Riigikantselei, lk 6
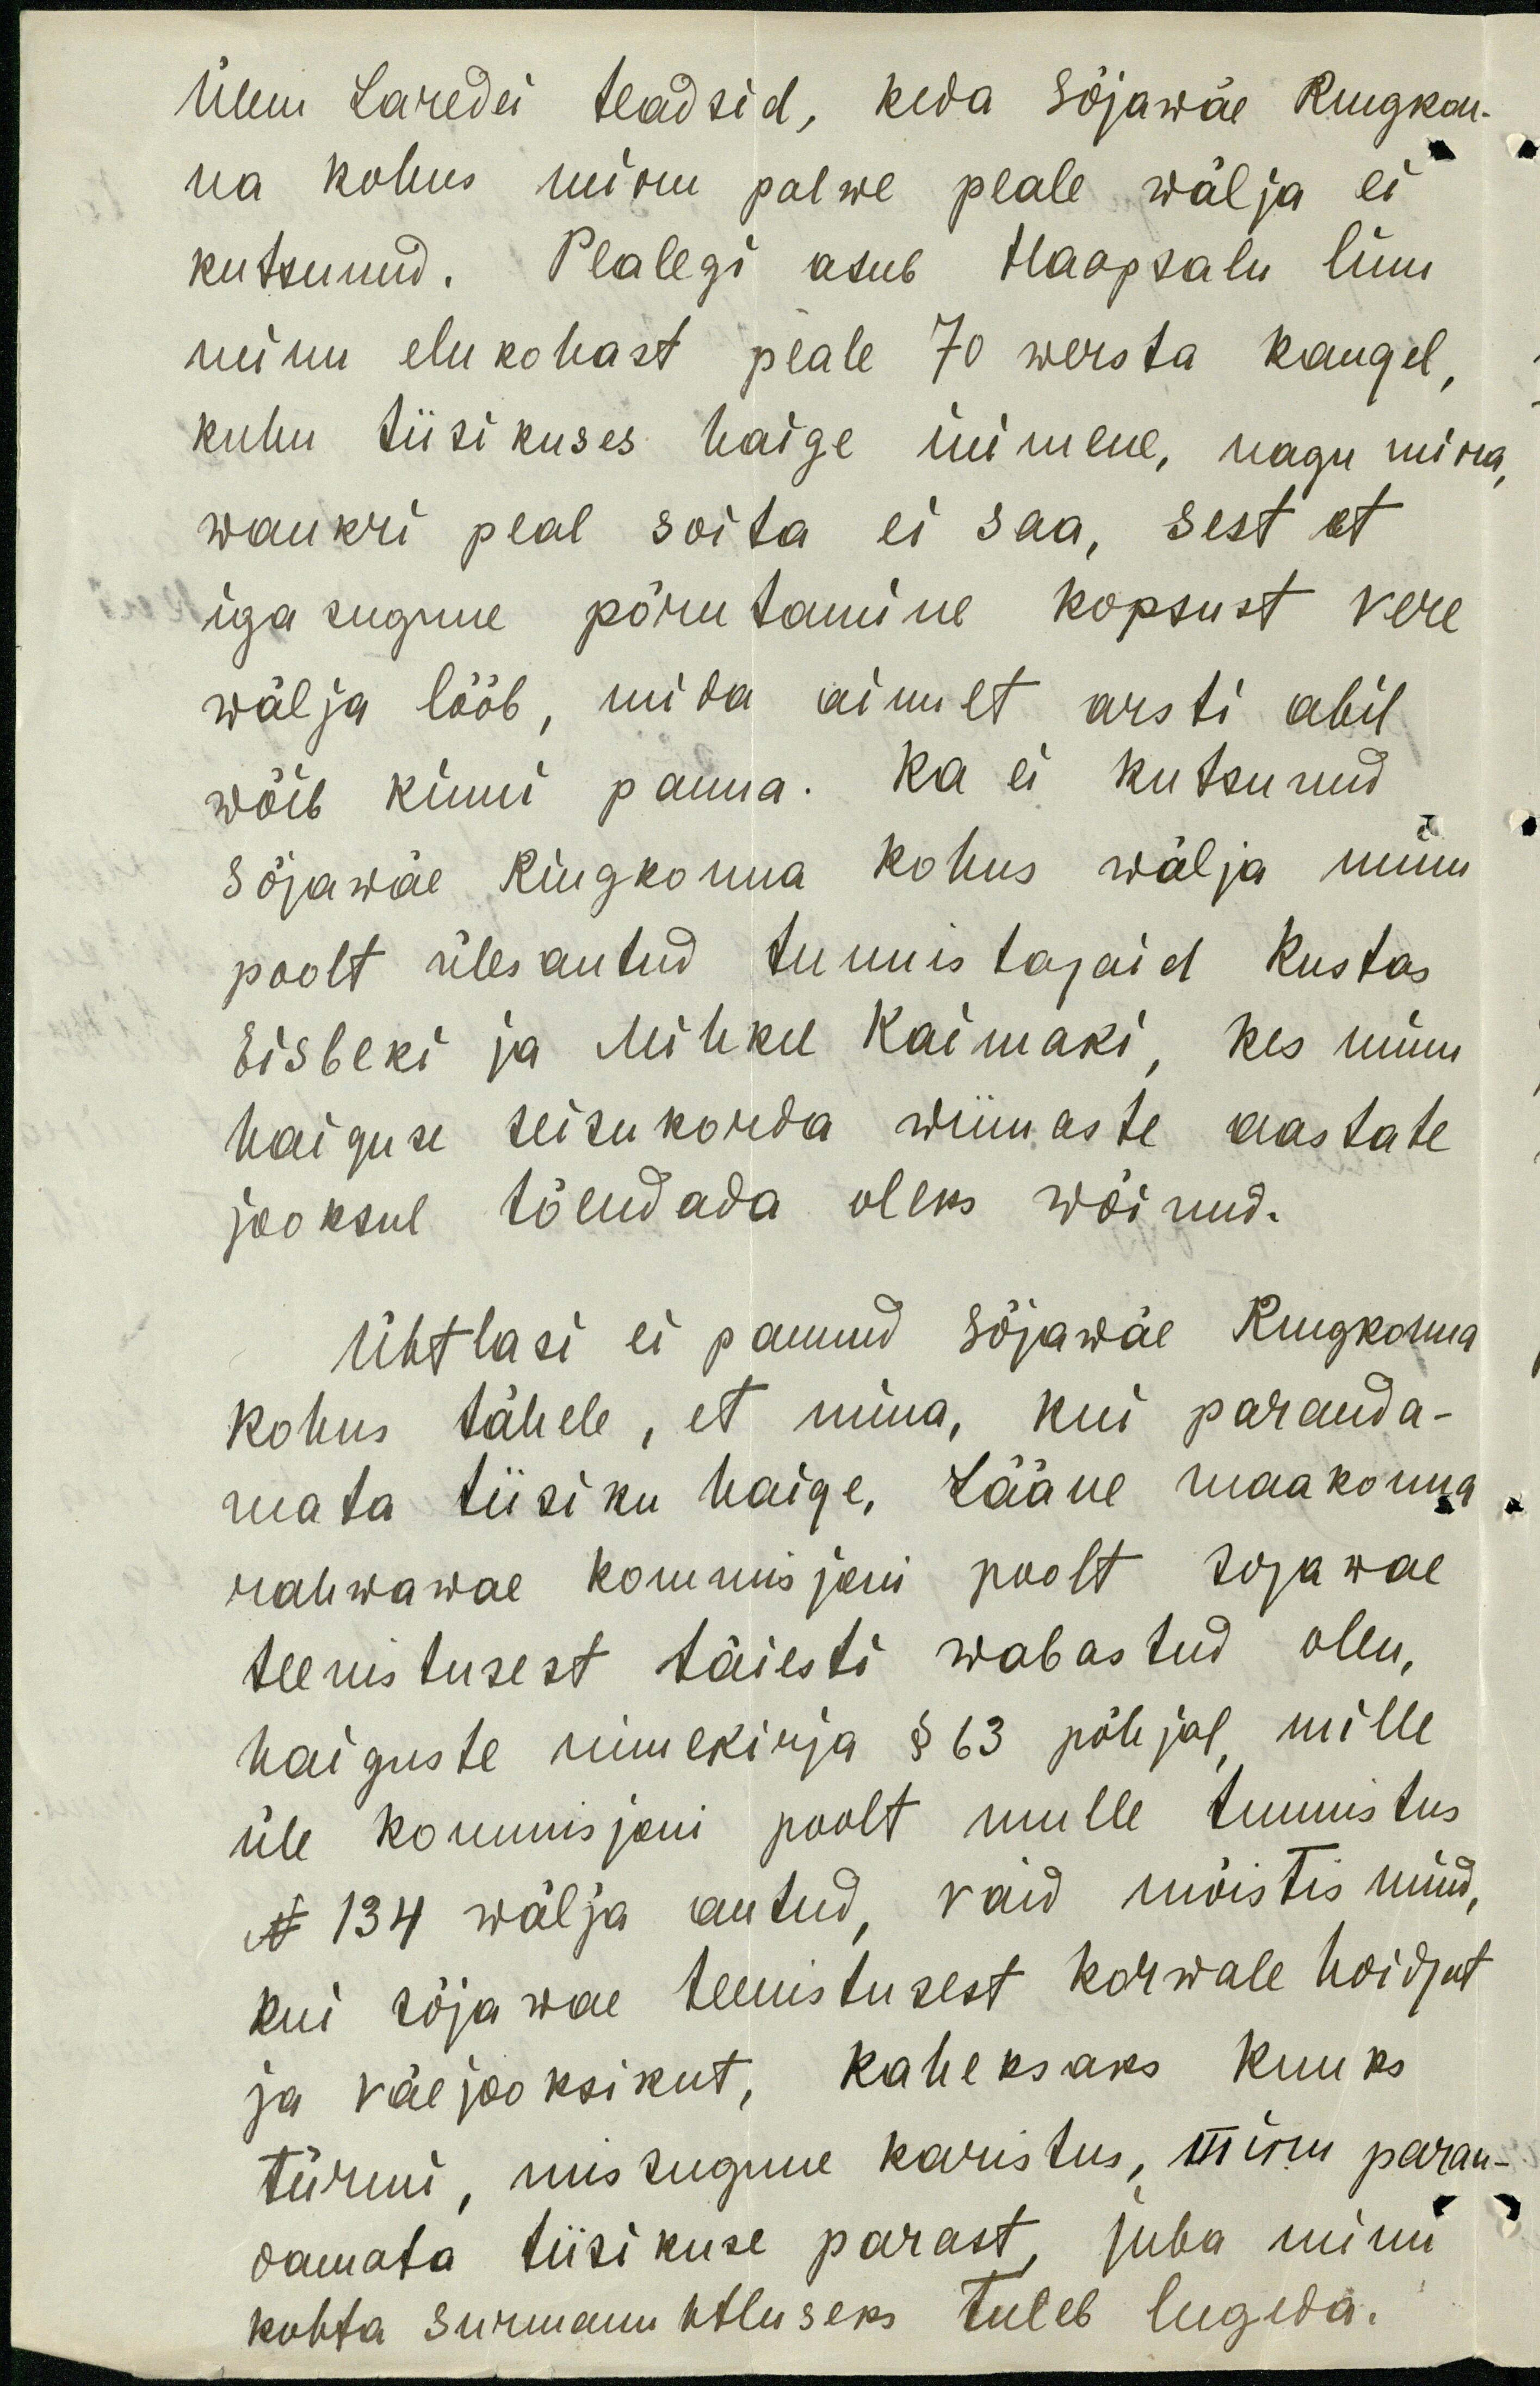
ülem Laredei teadsid, keda Sõjawäe Ringkon-
na kohus minu palwe peale wälja ei
kutsunud. Pealegi asub Haapsalu linn
minu elukohast peale 70 wersta kaugel,
kuhu tiisikuses haige inimene, nagu mina
wankri peal sõita ei saa, sest et
iga sugune põrutamine kopsust vere
wälja lööb, mida ainult arsti abil
wõib kinni panna. Ka ei kutsunud
Sõjawäe Riigkonna kohus wälja minu
poolt ülesantud tunnistajaid Kustas
Eisbeki ja Mihkel Kaimaki, kes minu
haiguse seisukorda wiimaste aastate
jooksul tõendada oleks wõinud.
Ühtlasi ei pannud sõjawäe Riigkonna
kohus tähele, et mina, kui paranda-
mata tiisiku haige, Lääne maakonna
rahwawäe kommisjoni poolt sõjawäe
teenistusest täiesti wabastud olen,
haiguste nimekirja § 63 põhjal, mille
üle kommisjoni poolt mulle tunnistus
N 134 wälja antud, vaid mõistis nüüd,
kui sõjawäe teenistusest kõrwale hoidjat
ja väejooksikut, kaheksaks kuuks
türmi, mis sugune karistus, minu paran-
damata tiisikuse pärast, juba minu
kohta surmanuhtluseks tuleb lugeda.